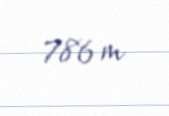
786 m